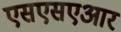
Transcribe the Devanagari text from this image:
एसएसएआर